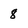
Character: 8